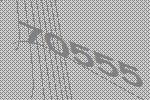
70555